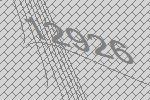
12926